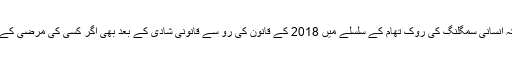
وائس آف امریکہ کے پروگرام ’ویو 360 ‘ میں بات کرتے ہوئے عبداللہ عثمان کا کہنا تھا کہ انسانی سمگلنگ کی روک تھام کے سلسلے میں 2018 کے قانون کی رو سے قانونی شادی کے بعد بھی اگر کسی کی مرضی کے خلاف مزدوری یا جنسی کاروبار کرایا جائے تو وہ انسانی سمگلنگ کے دائرے میں آتا ہے۔